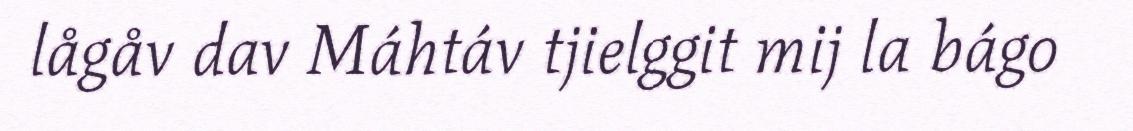
lågåv dav Máhtáv tjielggit mij la bágo